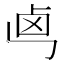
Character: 𠧤